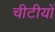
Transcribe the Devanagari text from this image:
चीटीयों